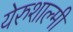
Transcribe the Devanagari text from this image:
येरुशाल्मी